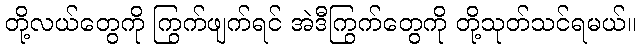
တို့လယ်တွေကို ကြွက်ဖျက်ရင် အဲဒီကြွက်တွေကို တို့သုတ်သင်ရမယ်။